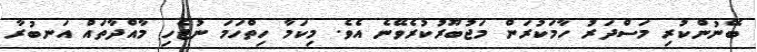
ބޭނުންކުރި މަސްދަރު ހާމަކުރަން މަޖުބޫރުކުރެވޭނެ އެވެ. މިކަމާ ހިތްހަމަ ނުޖެހި މާއްދާތައް އަނބުރާ